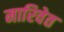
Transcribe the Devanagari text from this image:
मारिवेत